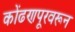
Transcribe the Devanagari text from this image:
कोंढणपूरवरून